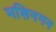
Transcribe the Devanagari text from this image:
मशिनगन